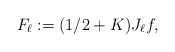
\begin{align*} F_\ell:=(1/2+K)J_\ell f,\end{align*}